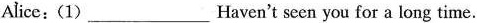
Alice:(1)___Haven't seen you for a long time.